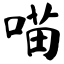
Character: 喵